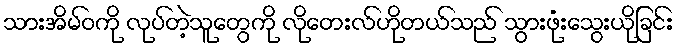
သားအိမ်ဝကို လုပ်တဲ့သူတွေကို လိုတေးလ်ဟိုတယ်သည် သွားဖုံးသွေးယိုခြင်း